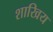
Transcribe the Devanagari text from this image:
शाखिय